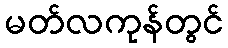
မတ်လကုန်တွင်